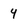
Character: 4